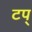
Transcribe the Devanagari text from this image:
टप्